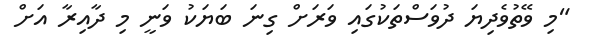
"މި ވޭތުވެދިޔަ ދުވަސްތަކުގައި ވަރަށް ގިނަ ބަޔަކު ވަނީ މި ދާއިރާ އަށް